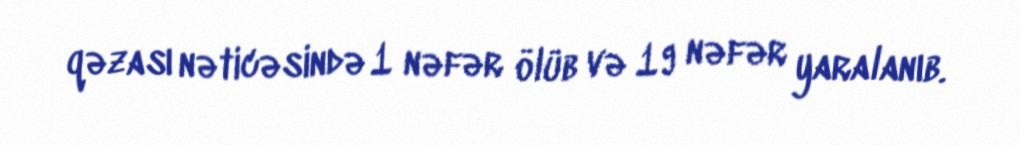
qəzası nəticəsində 1 nəfər ölüb və 19 nəfər yaralanıb.